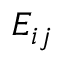
E _ { i j }